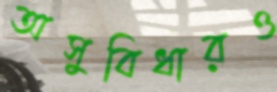
অসুবিধারও